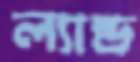
ল্যান্ড